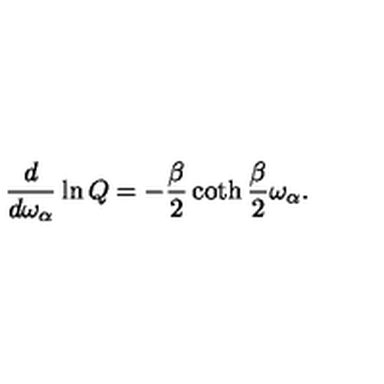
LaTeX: { \frac { d } { d \omega _ { \alpha } } } \ln Q = - { \frac { \beta } { 2 } } \coth { \frac { \beta } { 2 } } \omega _ { \alpha } .